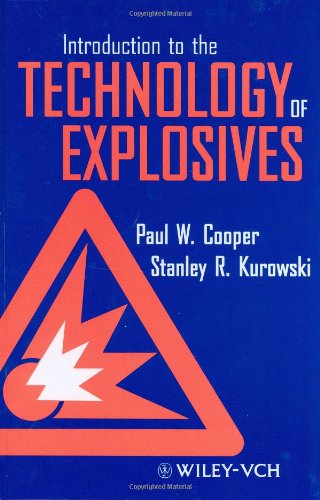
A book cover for Introduction to the Technology of Explosives; Paul Cooper; Engineering & Transportation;